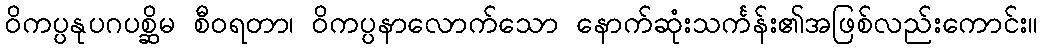
ဝိကပ္ပနုပဂပစ္ဆိမ စီဝရတာ၊ ဝိကပ္ပနာလောက်သော နောက်ဆုံးသင်္ကန်း၏အဖြစ်လည်းကောင်း။